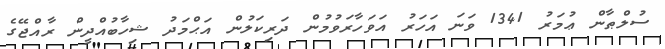
ސުލްޠާން ޢުމަރު 1341 ވަނަ އަހަރު އަވަހާރަވުމުން ދަރިކަލުން އަޙްމަދު ޝިހާބުއްދީން ރާއްޖޭގެ